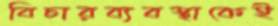
বিচারব্যবস্থাকেই